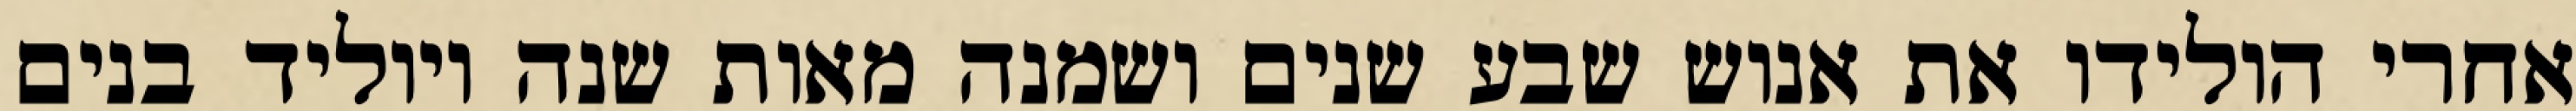
אחרי הולידו את אנוש שבע שנים ושמנה מאות שנה ויוליד בנים